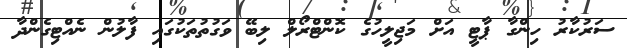
ސަރުކާރު ހިންގާ ޕާޓީ އަށް މަޖިލީހުގެ ކޮންޓްރޯލް ލިބޭ ވަގުތުތަކުގައި ފާލުން ނެއްޓިގެންދާ